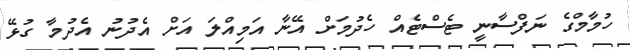
ހުމާމްގެ ނަފްސާނީ ޓެސްޓެއް ހެދުމަށް އޭނާ އަމިއްލަ އަށް އެދުނު އެދުމާ ގުޅޭ